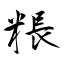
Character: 粻